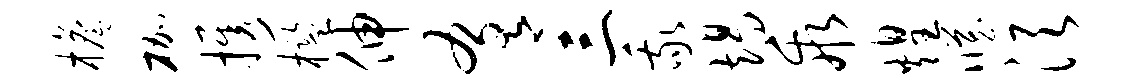
檐枷携槛伸肴三我竭乖煌臧须